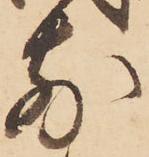
前